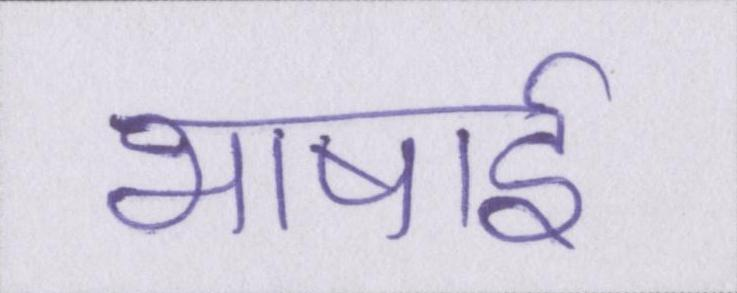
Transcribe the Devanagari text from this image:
भाषाई